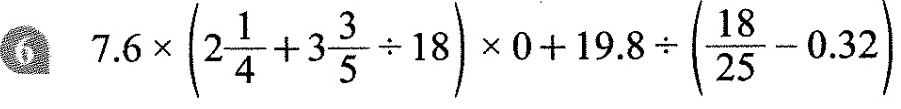
6、 $$7.6 \times ( 2 \frac{1}{4} + 3 \frac{3}{5} \div 1 8 ) \times 0 + 19.8 \div ( \frac{18}{25} - 0.32 )$$